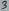
Text: 3